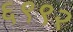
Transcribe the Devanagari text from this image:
६९९२